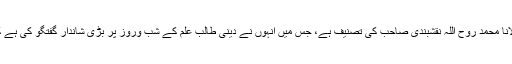
زیر تبصرہ کتاب"طالب علم کے شب وروز"محترم مولانا محمد روح اللہ نقشبندی صاحب کی تصنیف ہے، جس میں انہوں نے دینی طالب علم کے شب وروز پر بڑی شاندار گفتگو کی ہے کہ ایک طالب علم کے لیل ونہار کیسے گزرنے چاہئیں۔